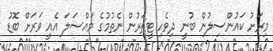
މިރަށު ކައުންސިލުން ބުނީ ދިވެހި ޓީޗަރުން ނެތުމުގެ މައްސަލަ އެއީ ވަރަށް ބޮޑު